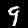
Label: 9